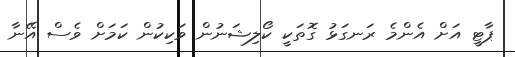
ޕާޓީ އަށް އެންމެ ރަނގަޅު ގޮތަކީ ކޯލިޝަނުން ވަކިކުން ކަމަށް ވެސް އޭނާ